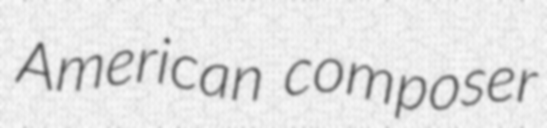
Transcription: American composer